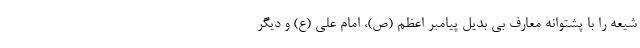
شیعه را با پشتوانه معارف بی بدیل پیامبر اعظم (ص)، امام علی (ع) و دیگر